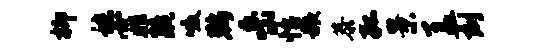
柳秣霏疏啜鞍岳怡赧恭孤景盖刻